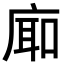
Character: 𪪚